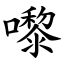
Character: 嚟